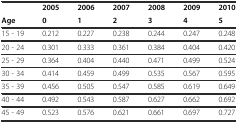
|  | 2005 | 2006 | 2007 | 2008 | 2009 | 2010 |
 | Age | 0 | 1 | 2 | 3 | 4 | 5 |
 | --- | --- | --- | --- | --- | --- | --- |
 | 15 - 19 | 0.212 | 0.227 | 0.238 | 0.244 | 0.247 | 0.248 |
 | 20 - 24 | 0.301 | 0.333 | 0.361 | 0.384 | 0.404 | 0.420 |
 | 25 - 29 | 0.364 | 0.404 | 0.440 | 0.471 | 0.499 | 0.524 |
 | 30 - 34 | 0.414 | 0.459 | 0.499 | 0.535 | 0.567 | 0.595 |
 | 35 - 39 | 0.456 | 0.505 | 0.547 | 0.585 | 0.619 | 0.649 |
 | 40 - 44 | 0.492 | 0.543 | 0.587 | 0.627 | 0.662 | 0.692 |
 | 45 - 49 | 0.523 | 0.576 | 0.621 | 0.661 | 0.697 | 0.727 |